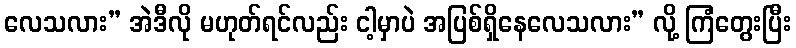
လေသလား” အဲဒီလို မဟုတ်ရင်လည်း ငါ့မှာပဲ အပြစ်ရှိနေလေသလား” လို့ ကြံတွေးပြီး